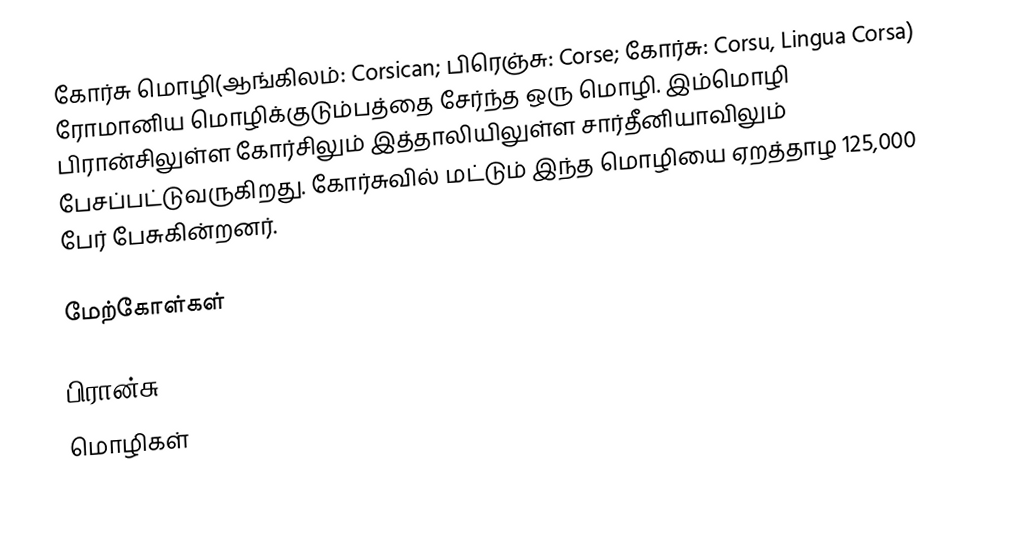
கோர்சு மொழி(ஆங்கிலம்: Corsican; பிரெஞ்சு: Corse; கோர்சு: Corsu, Lingua Corsa) ரோமானிய மொழிக்குடும்பத்தை சேர்ந்த ஒரு மொழி. இம்மொழி பிரான்சிலுள்ள கோர்சிலும் இத்தாலியிலுள்ள சார்தீனியாவிலும் பேசப்பட்டுவருகிறது. கோர்சுவில் மட்டும் இந்த மொழியை ஏறத்தாழ 125,000 பேர் பேசுகின்றனர்.

மேற்கோள்கள்

பிரான்சு
மொழிகள்